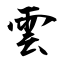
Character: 雲